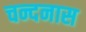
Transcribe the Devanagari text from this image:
चन्दनास